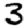
Digit: 3